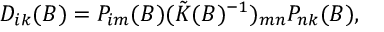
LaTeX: D _ { i k } ( B ) = P _ { i m } ( B ) ( \tilde { K } ( B ) ^ { - 1 } ) _ { m n } P _ { n k } ( B ) ,